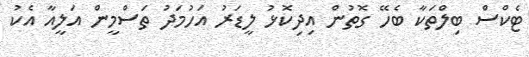
ޓެކްސް ބިލްތަކާ ބެހޭ ގޮތުން އިދިކޮޅު ލީޑަރު އަހުމަދު ތަސްމީން އަލީއާ އެކު